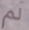
لم